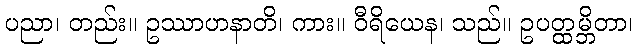
ပညာ၊ တည်း။ ဥဿာဟနာတိ၊ ကား။ ဝီရိယေန၊ သည်။ ဥပတ္ထမ္ဘိတာ၊